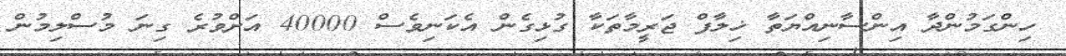
ހިންގަމުންދާ އިންސާނިއްޔަތާ ޚިލާފް ޖަރީމާތަކާ ގުޅިގެން އެކަނިވެސް 40000 އަށްވުރެ ގިނަ މުސްލިމުން